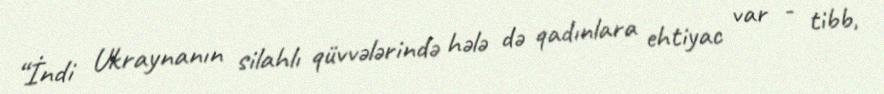
“İndi Ukraynanın silahlı qüvvələrində hələ də qadınlara ehtiyac var - tibb,